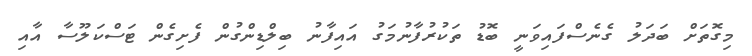
މިގޮތަށް ބަދަލު ގެނެސްފައިވަނީ ބޮޑު ތަކުރުފާނުމަގު އައިފާނު ބިލްޑިންގުން ފެށިގެން ޓަސްކަލޫސާ އާއި